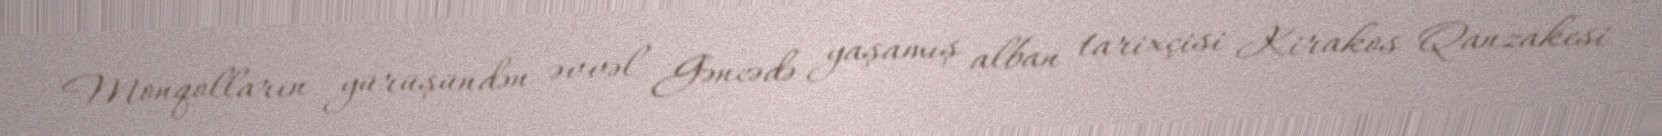
Monqolların yürüşündən əvvəl Gəncədə yaşamış alban tarixçisi Kirakos Qanzakesi